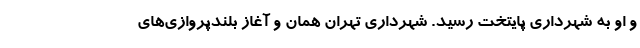
و او به شهرداری پایتخت رسید. شهرداری تهران همان و آغاز بلندپروازی‌های